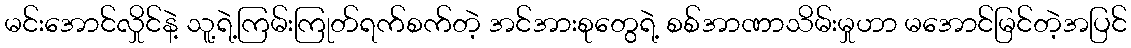
မင်းအောင်လှိုင်နဲ့ သူ့ရဲ့ကြမ်းကြုတ်ရက်စက်တဲ့ အင်အားစုတွေရဲ့ စစ်အာဏာသိမ်းမှုဟာ မအောင်မြင်တဲ့အပြင်